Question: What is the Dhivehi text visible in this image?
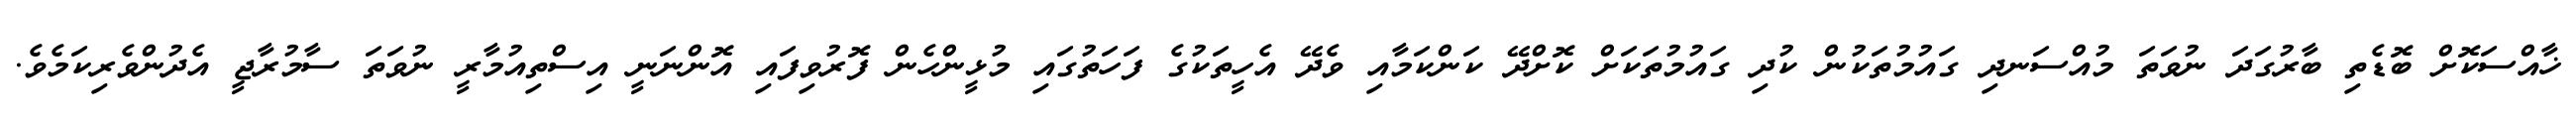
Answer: ޚާއްސަކޮށް ބޮޑެތި ބާރުގަދަ ނުވަތަ މުއްސަނދި ގައުމުތަކުން ކުދި ގައުމުތަކަށް ކޮށްދޭ ކަންކަމާއި ވެދޭ އެހީތަކުގެ ފަހަތުގައި މުޅީންހެން ފޮރުވިފައި އޮންނަނީ އިސްތިއުމާރީ ނުވަތަ ސާމުރާޖީ އެދުންވެރިކަމެވެ.